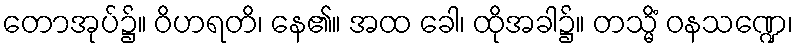
တောအုပ်၌။ ဝိဟရတိ၊ နေ၏။ အထ ခေါ၊ ထိုအခါ၌။ တသ္မိံ ဝနသဏ္ဍေ၊